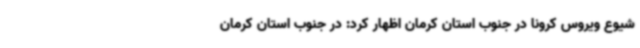
شیوع ویروس کرونا در جنوب استان کرمان اظهار کرد: در جنوب استان کرمان